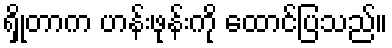
ရှိုတာက ဟန်းဖုန်းကို ထောင်ပြသည်။